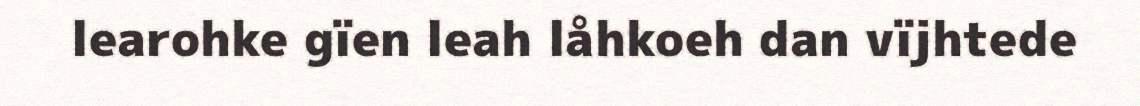
learohke gïen leah låhkoeh dan vïjhtede